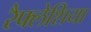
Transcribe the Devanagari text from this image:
रैफ्लेशिया